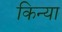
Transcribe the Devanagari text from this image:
किन्या